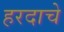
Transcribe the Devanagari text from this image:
हरदाचे